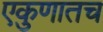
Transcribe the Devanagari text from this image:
एकुणातच